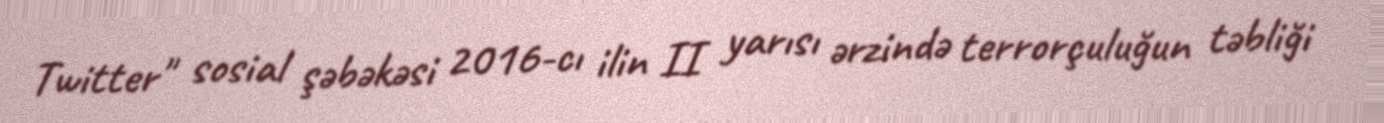
Twitter" sosial şəbəkəsi 2016-cı ilin II yarısı ərzində terrorçuluğun təbliği